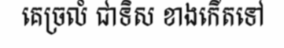
គេច្រលំ ជាទិស ខាងកើតទៅ